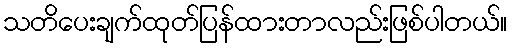
သတိပေးချက်ထုတ်ပြန်ထားတာလည်းဖြစ်ပါတယ်။